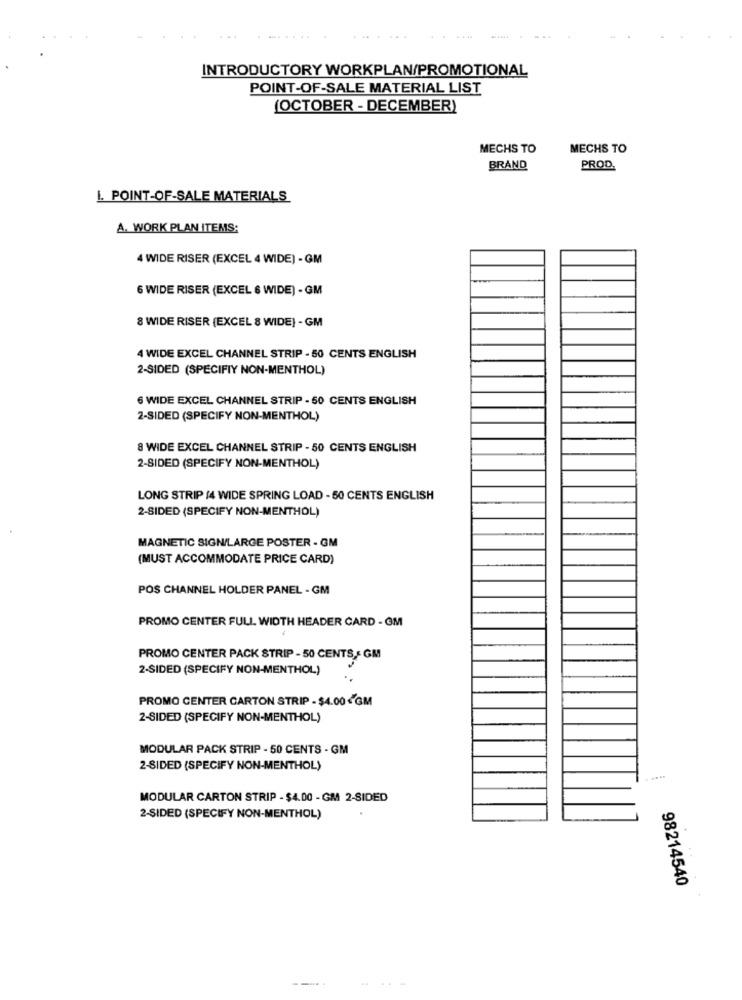
INTRODUCTORY WORKPLAN/PROMOTIONAL
POINT-OF-SALE MATERIAL LIST
[OCTOBER - DECEMBER)
MECHS TO
MECHS TO
BRAND
PROD.
I. POINT-OF-SALE MATERIALS
A. WORK PLAN ITEMS:
4 WIDE RISER (EXCEL 4 WIDE) - GM
6 WIDE RISER (EXCEL 6 WIDE) - GM
8 WIDE RISER (EXCEL 8 WIDE) - GM
4 WIDE EXCEL CHANNEL STRIP - 50 CENTS ENGLISH
2-SIDED (SPECIFIY NON-MENTHOL)
6 WIDE EXCEL CHANNEL STRIP - 50 CENTS ENGLISH
2-SIDED (SPECIFY NON-MENTHOL)
8 WIDE EXCEL CHANNEL STRIP - 50 CENTS ENGLISH
2-SIDED (SPECIFY NON-MENTHOL)
LONG STRIP 14 WIDE SPRING LOAD - 50 CENTS ENGLISH
2-SIDED (SPECIFY NON-MENTHOL)
MAGNETIC SIGN/LARGE POSTER - GM
(MUST ACCOMMODATE PRICE CARD)
POS CHANNEL HOLDER PANEL - GM
PROMO CENTER FULL WIDTH HEADER CARD - GM
PROMO CENTER PACK STRIP - 50 CENTS ,- GM
2-SIDED (SPECIFY NON-MENTHOL)
PROMO CENTER CARTON STRIP - $4.00 .GM
2-SIDED (SPECIFY NON-MENTHOL)
MODULAR PACK STRIP - 50 CENTS - GM
2-SIDED (SPECIFY NON-MENTHOL)
MODULAR CARTON STRIP - $4.00 - GM 2-SIDED
2-SIDED (SPECIFY NON-MENTHOL)
98214540